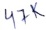
Text: 47K